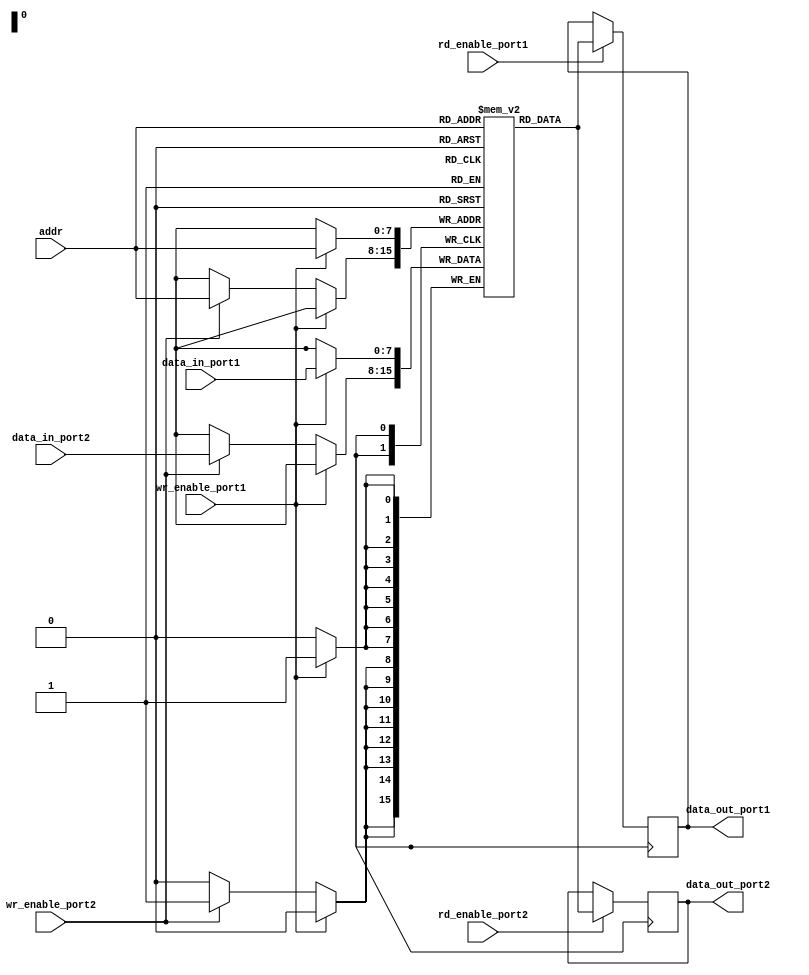
module dual_port_RAM (
    input [7:0] addr,
    input [7:0] data_in_port1,
    input [7:0] data_in_port2,
    input wr_enable_port1,
    input wr_enable_port2,
    input rd_enable_port1,
    input rd_enable_port2,
    output reg [7:0] data_out_port1,
    output reg [7:0] data_out_port2
);

reg [7:0] memory [0:255];

always @ (posedge clk) begin
    if (wr_enable_port1) begin
        memory[addr] <= data_in_port1;
    end else if (wr_enable_port2) begin
        memory[addr] <= data_in_port2;
    end

    if (rd_enable_port1) begin
        data_out_port1 <= memory[addr];
    end

    if (rd_enable_port2) begin
        data_out_port2 <= memory[addr];
    end
end

endmodule